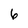
Character: 6